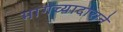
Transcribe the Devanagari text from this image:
मागच्यादाराने